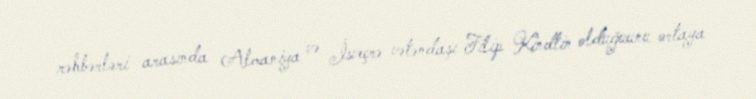
rəhbərləri arasında Almaniya və İsveçrə vətəndaşı Filip Kindtin olduğuunu ortaya